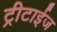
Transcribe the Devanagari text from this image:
ट्रीटाईज